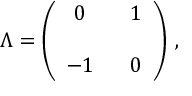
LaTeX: \Lambda = \left( \begin{array} { c c } { { 0 } } & { { \, \, \, \, 1 } } \\ { { } } & { { } } \\ { { - 1 } } & { { \, \, \, \, 0 } } \end{array} \right) \, ,